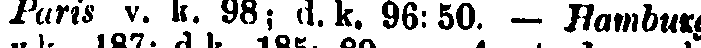
Paris v. k. 98; d.k. 96:50. - Hamburg